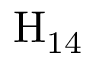
\mathrm { H } _ { 1 4 }